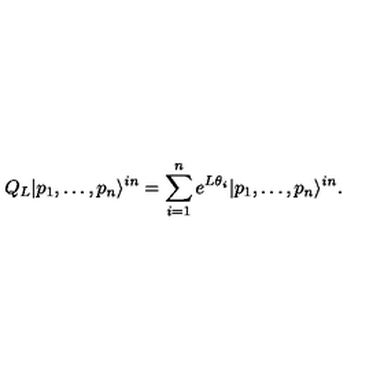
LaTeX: Q _ { L } | p _ { 1 } , \dots , p _ { n } \rangle ^ { i n } = \sum _ { i = 1 } ^ { n } e ^ { L \theta _ { i } } | p _ { 1 } , \dots , p _ { n } \rangle ^ { i n } .